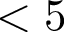
< 5